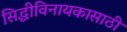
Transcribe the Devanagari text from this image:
सिद्धीविनायकासाठी